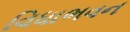
વિધાભવન